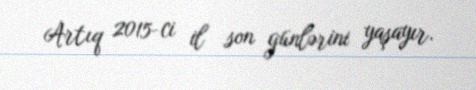
Artıq 2015-ci il son günlərini yaşayır.